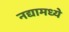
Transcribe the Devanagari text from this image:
नद्यामध्ये